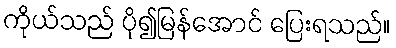
ကိုယ်သည် ပို၍မြန်အောင် ပြေးရသည်။